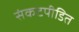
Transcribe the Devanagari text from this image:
संकटपीडित